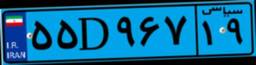
۹۴D۷۳۷۵۶